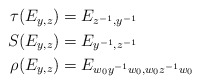
\begin{align*}\begin{aligned}\tau(E_{y,z}) &= E_{z^{-1},y^{-1}} \\S(E_{y,z}) &= E_{y^{-1},z^{-1}} \\\rho(E_{y,z}) &= E_{w_0 y^{-1} w_0,w_0 z^{-1} w_0}\end{aligned}\end{align*}